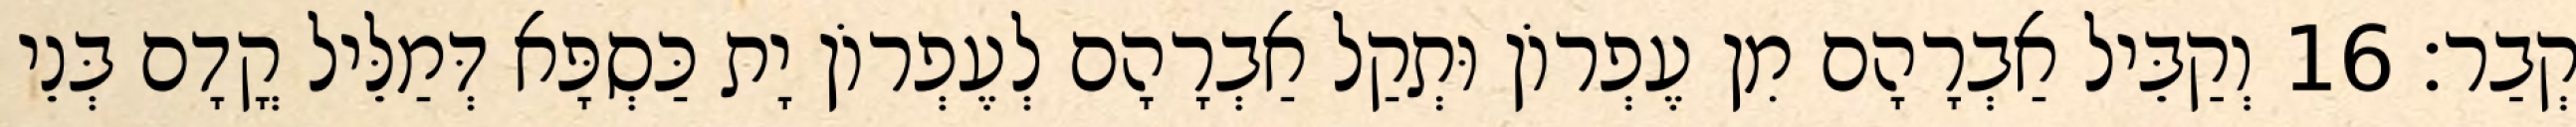
קְבַר׃ 16 וְקַבֵּיל אַבְרָהָם מִן עֶפְרוֹן וּתְקַל אַבְרָהָם לְעֶפְרוֹן יָת כַּסְפָּא דְּמַלֵּיל קֳדָם בְּנֵי